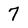
Character: 7